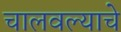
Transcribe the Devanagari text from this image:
चालवल्याचे